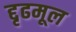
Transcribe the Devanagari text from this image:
द्दृढमूल